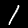
Digit: 1